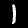
Digit: 1